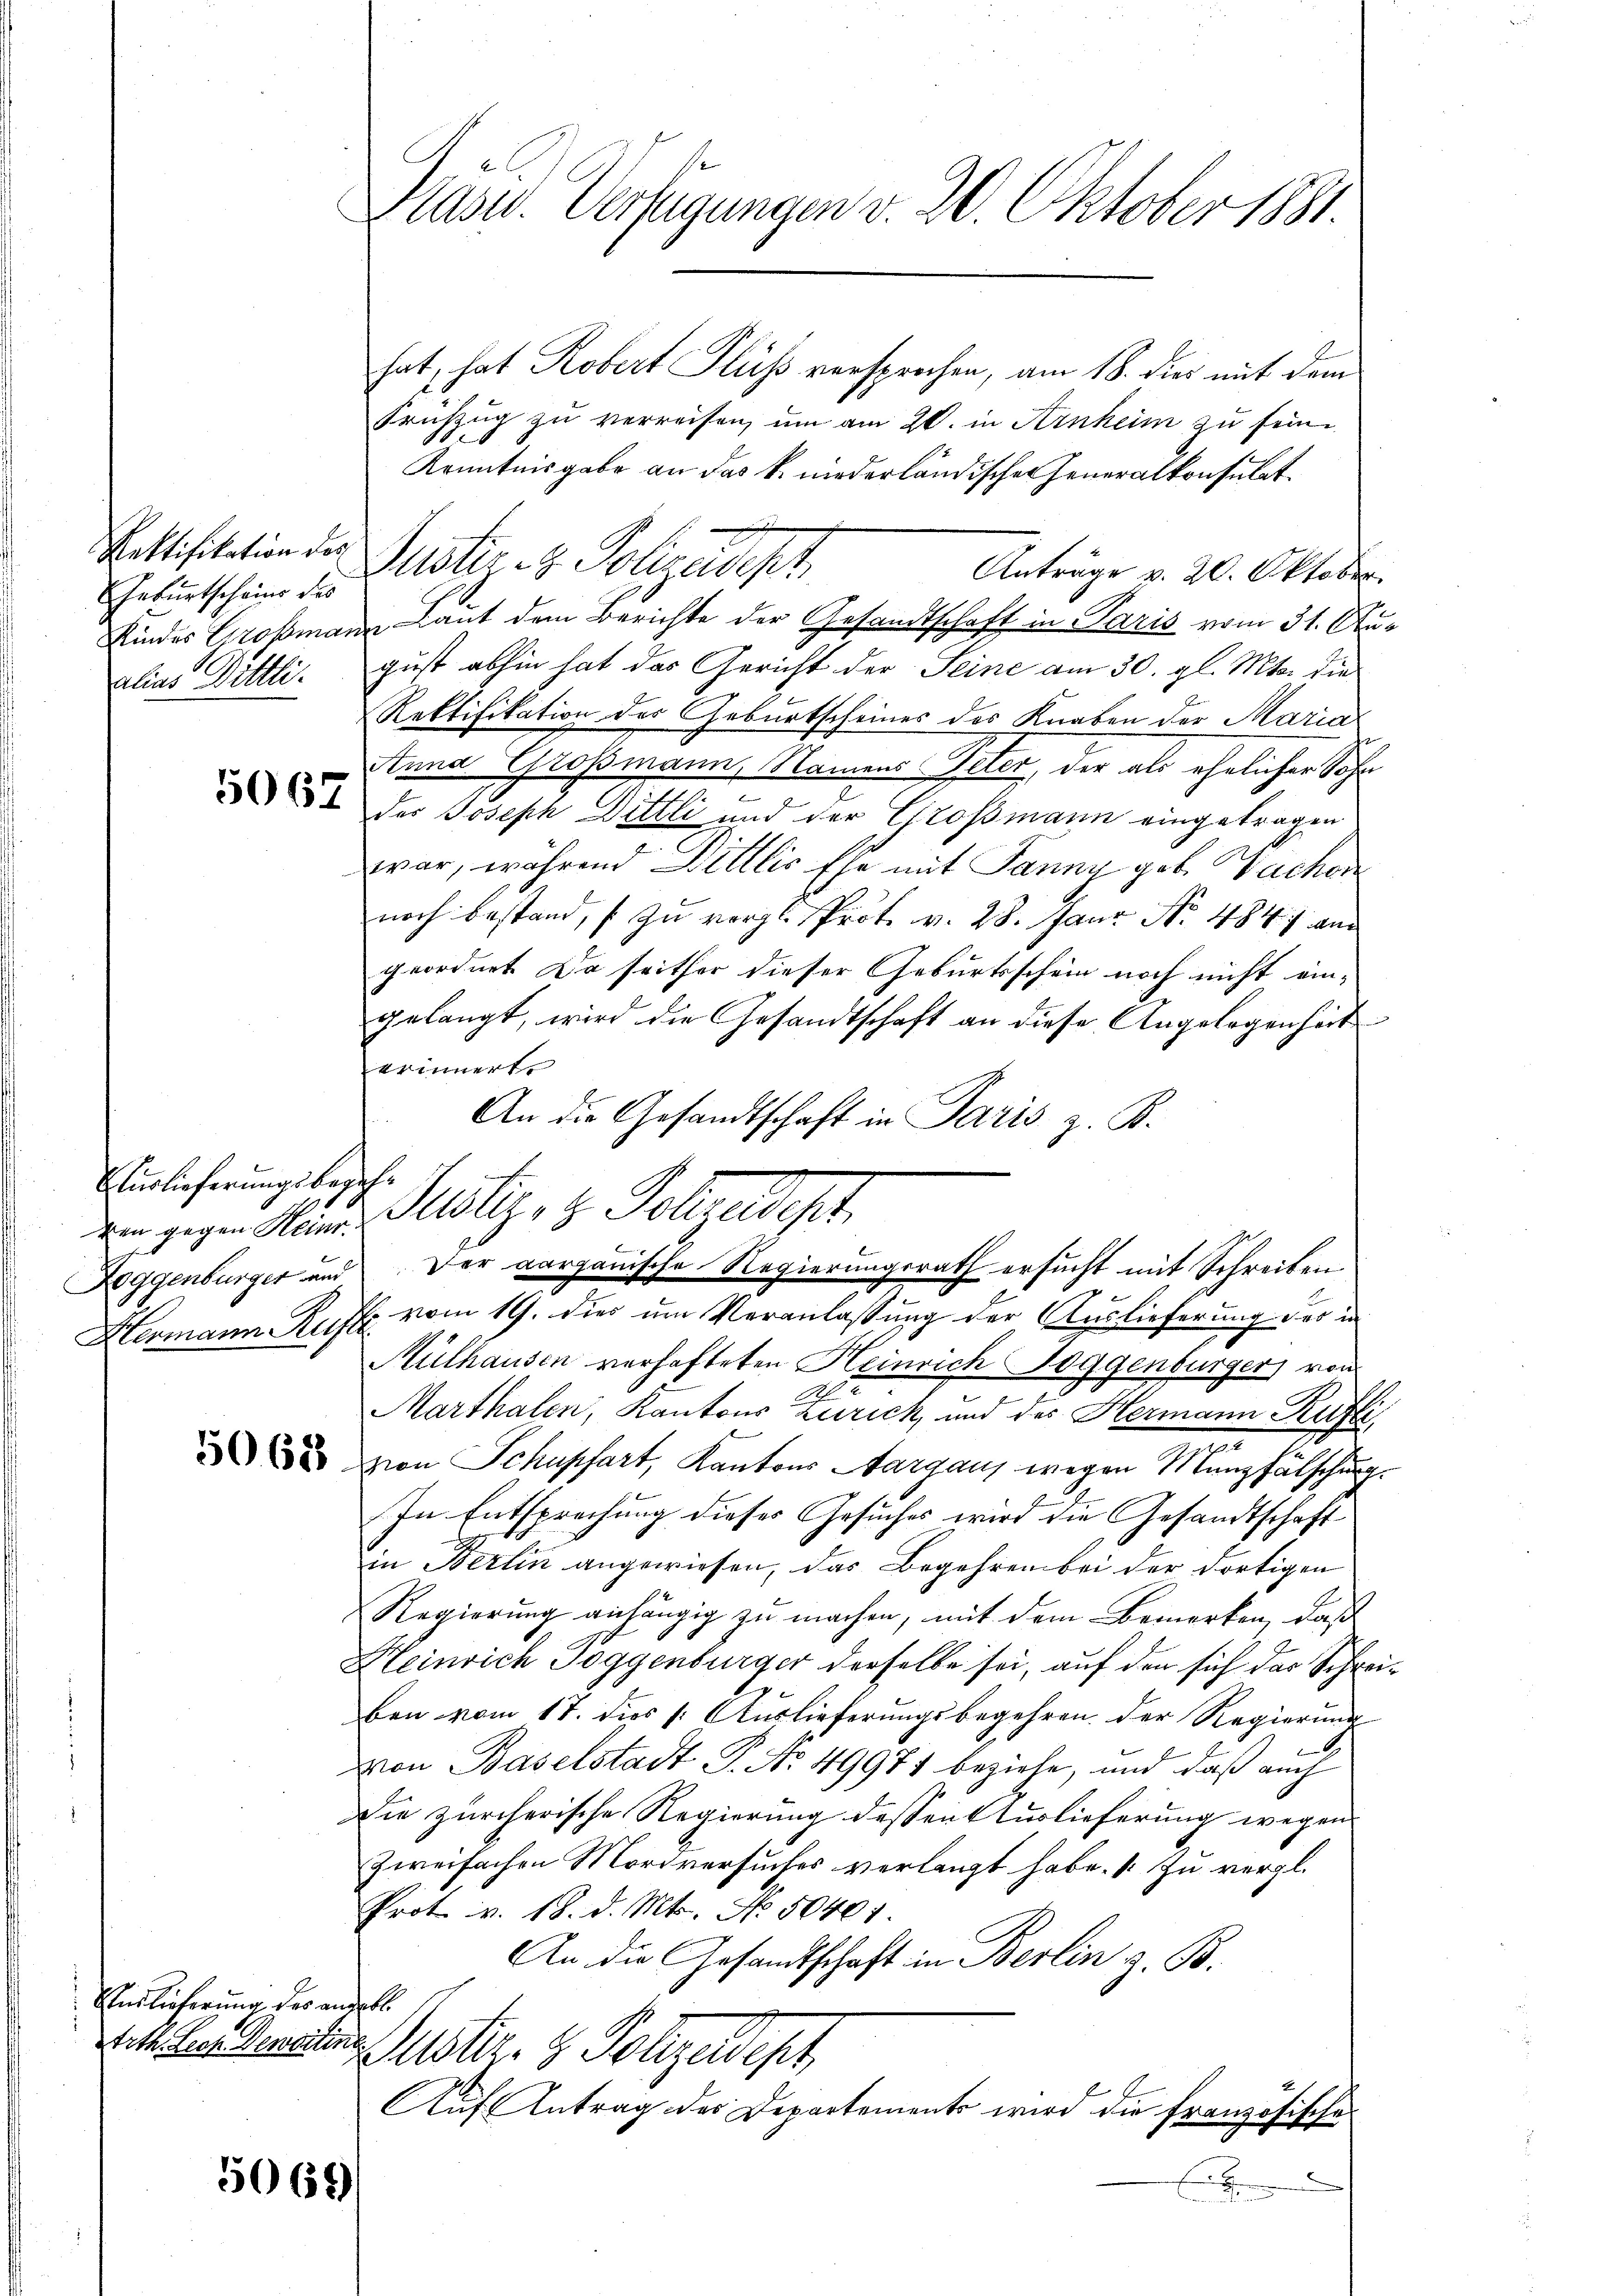
Geburtschein des
calias Bittli.

Auslieferungsbegehr u.
ken gegen Heinr.

Endlicherung des anzelle

5069

Präsid. Verfügungen v. 26. Oktober 1881.

hat, hat Robert Fluss versprochen, am 18. dies mit dem
Frühzug zu verreisen, um am 20. in Ainheim zu sein.
Kenntnisgabe an das k. niederländischer Generalkonsulat¬
Pottisitation der Justir z. Polizeidept
Anträge v. 20. Oktober.
Kindes Großmann Laut dem Berichte der Gesandtschaft in Paris vom 31. An
gust abhin hat das Gericht der Seine am 30. gl. Mts. die
Rektifikation des Geburtscheines des Knaben der Maria
Anna Grossmann, Namens Peter, der als ehelicher Sohn
54 des Joseph Dittli und der Großmann eingetragen
war, während Billlis Ehe mit Panny geb. Nachen
noch bestand, zu vergl. Prof. v. 28. Janz No 484 and
geordnet. Da seither dieser Geburtsschein noch nicht ein-
gelangt, wird die Gesandtschaft an diese Angelegenheit
erinnert.
An die Gesandtschaft in Paris z. B.
Hermann Rufe vom 19. dies um Veranlassung der Auslieferung des in
Mülhausen verhafteten Heinrich Toggenbürger von
Marthalen, Kantons Zürich, und des Hermann Küste,
uzion Schupsart, Kantons Aargau, wegen Münzfälschung.
In Entsprechung dieses Gesuches wird die Gesandtschaft
in Berlin angewiesen, das Begehren bei der dortigen
Regierung anhängig zu machen, mit dem Bemerken, daß
Heinrich Toggenburger derselbe sei, auf den sich das Schre
ben vom 17. dies 1. Aŭslieferŭngsbegehren der Regierŭng
von Baselstadt P. No. 49971 beziehe, und daß auch
Die zürcherische Regierung dessen Auslieferung wegen
Zweifachen Mordversuches verlangt habe. Zu vergl.
Prot v. 18. d. Mts. No. 50401.
An die Gesandtschaft in Berlin z. B.
Rathen Gemeine Justiz- & Polizeidept
Auf Antrag des Departements wird die französische
E
x

Blitz, z. Folgeldet.
Roggenbürger und der aargauische Regierungsrath ersucht mit Schreiben